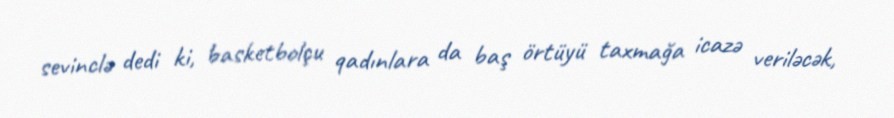
sevinclə dedi ki, basketbolçu qadınlara da baş örtüyü taxmağa icazə veriləcək,